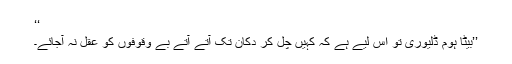
‘‘
’’بیٹا ہوم ڈلیوری تو اس لیے ہے کہ کہیں چل کر دکان تک آتے آتے بے وقوفوں کو عقل نہ آجائے۔